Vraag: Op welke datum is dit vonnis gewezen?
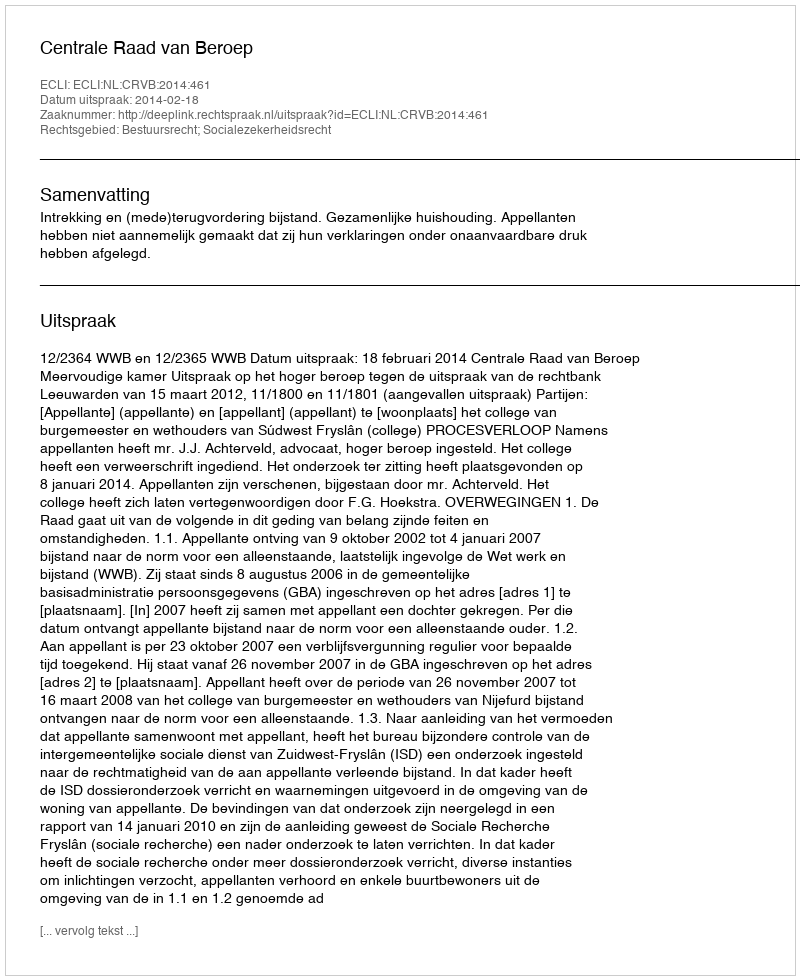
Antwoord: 2014-02-18